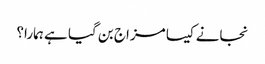
نجانے کیسا مزاج بن گیا ہے ہمارا؟